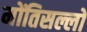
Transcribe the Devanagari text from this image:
मोंतिसल्लो